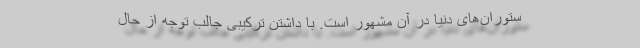
ستوران‌های دنیا در آن مشهور است. با داشتن ترکیبی جالب توجه از حال